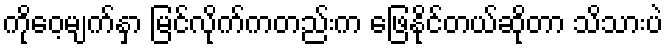
ကိုဝေ့မျက်နှာ မြင်လိုက်ကတည်းက ဖြေနိုင်တယ်ဆိုတာ သိသားပဲ